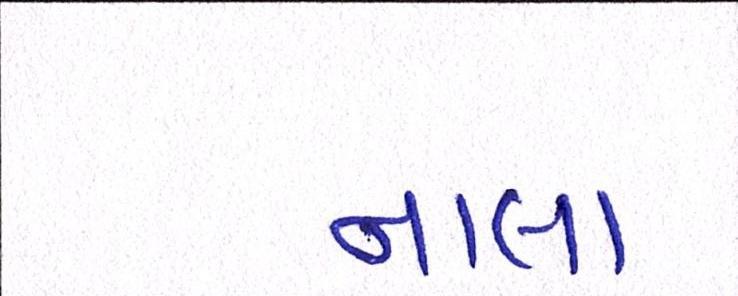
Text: નાલા